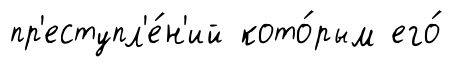
пр'еступл'е́н'ий кото́рым его́